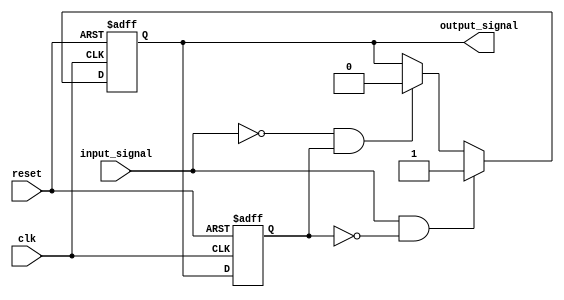
module schmitt_trigger_inverter (
    input wire clk,
    input wire reset,
    input wire input_signal,
    output reg output_signal
);

// Parameters for threshold levels
parameter THRESHOLD_HIGH = 1'b1;
parameter THRESHOLD_LOW = 1'b0;

// State variable to hold previous output value
reg prev_output_signal;

always @(posedge clk or posedge reset) begin
    if (reset) begin
        output_signal <= 1'b0;
        prev_output_signal <= 1'b0;
    end else begin
        if (input_signal == THRESHOLD_HIGH && prev_output_signal == 1'b0) begin
            output_signal <= 1'b1;
        end else if (input_signal == THRESHOLD_LOW && prev_output_signal == 1'b1) begin
            output_signal <= 1'b0;
        end
        prev_output_signal <= output_signal;
    end
end

endmodule